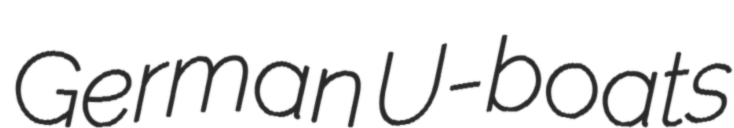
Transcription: German U-boats